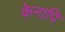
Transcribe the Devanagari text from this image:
केनापि